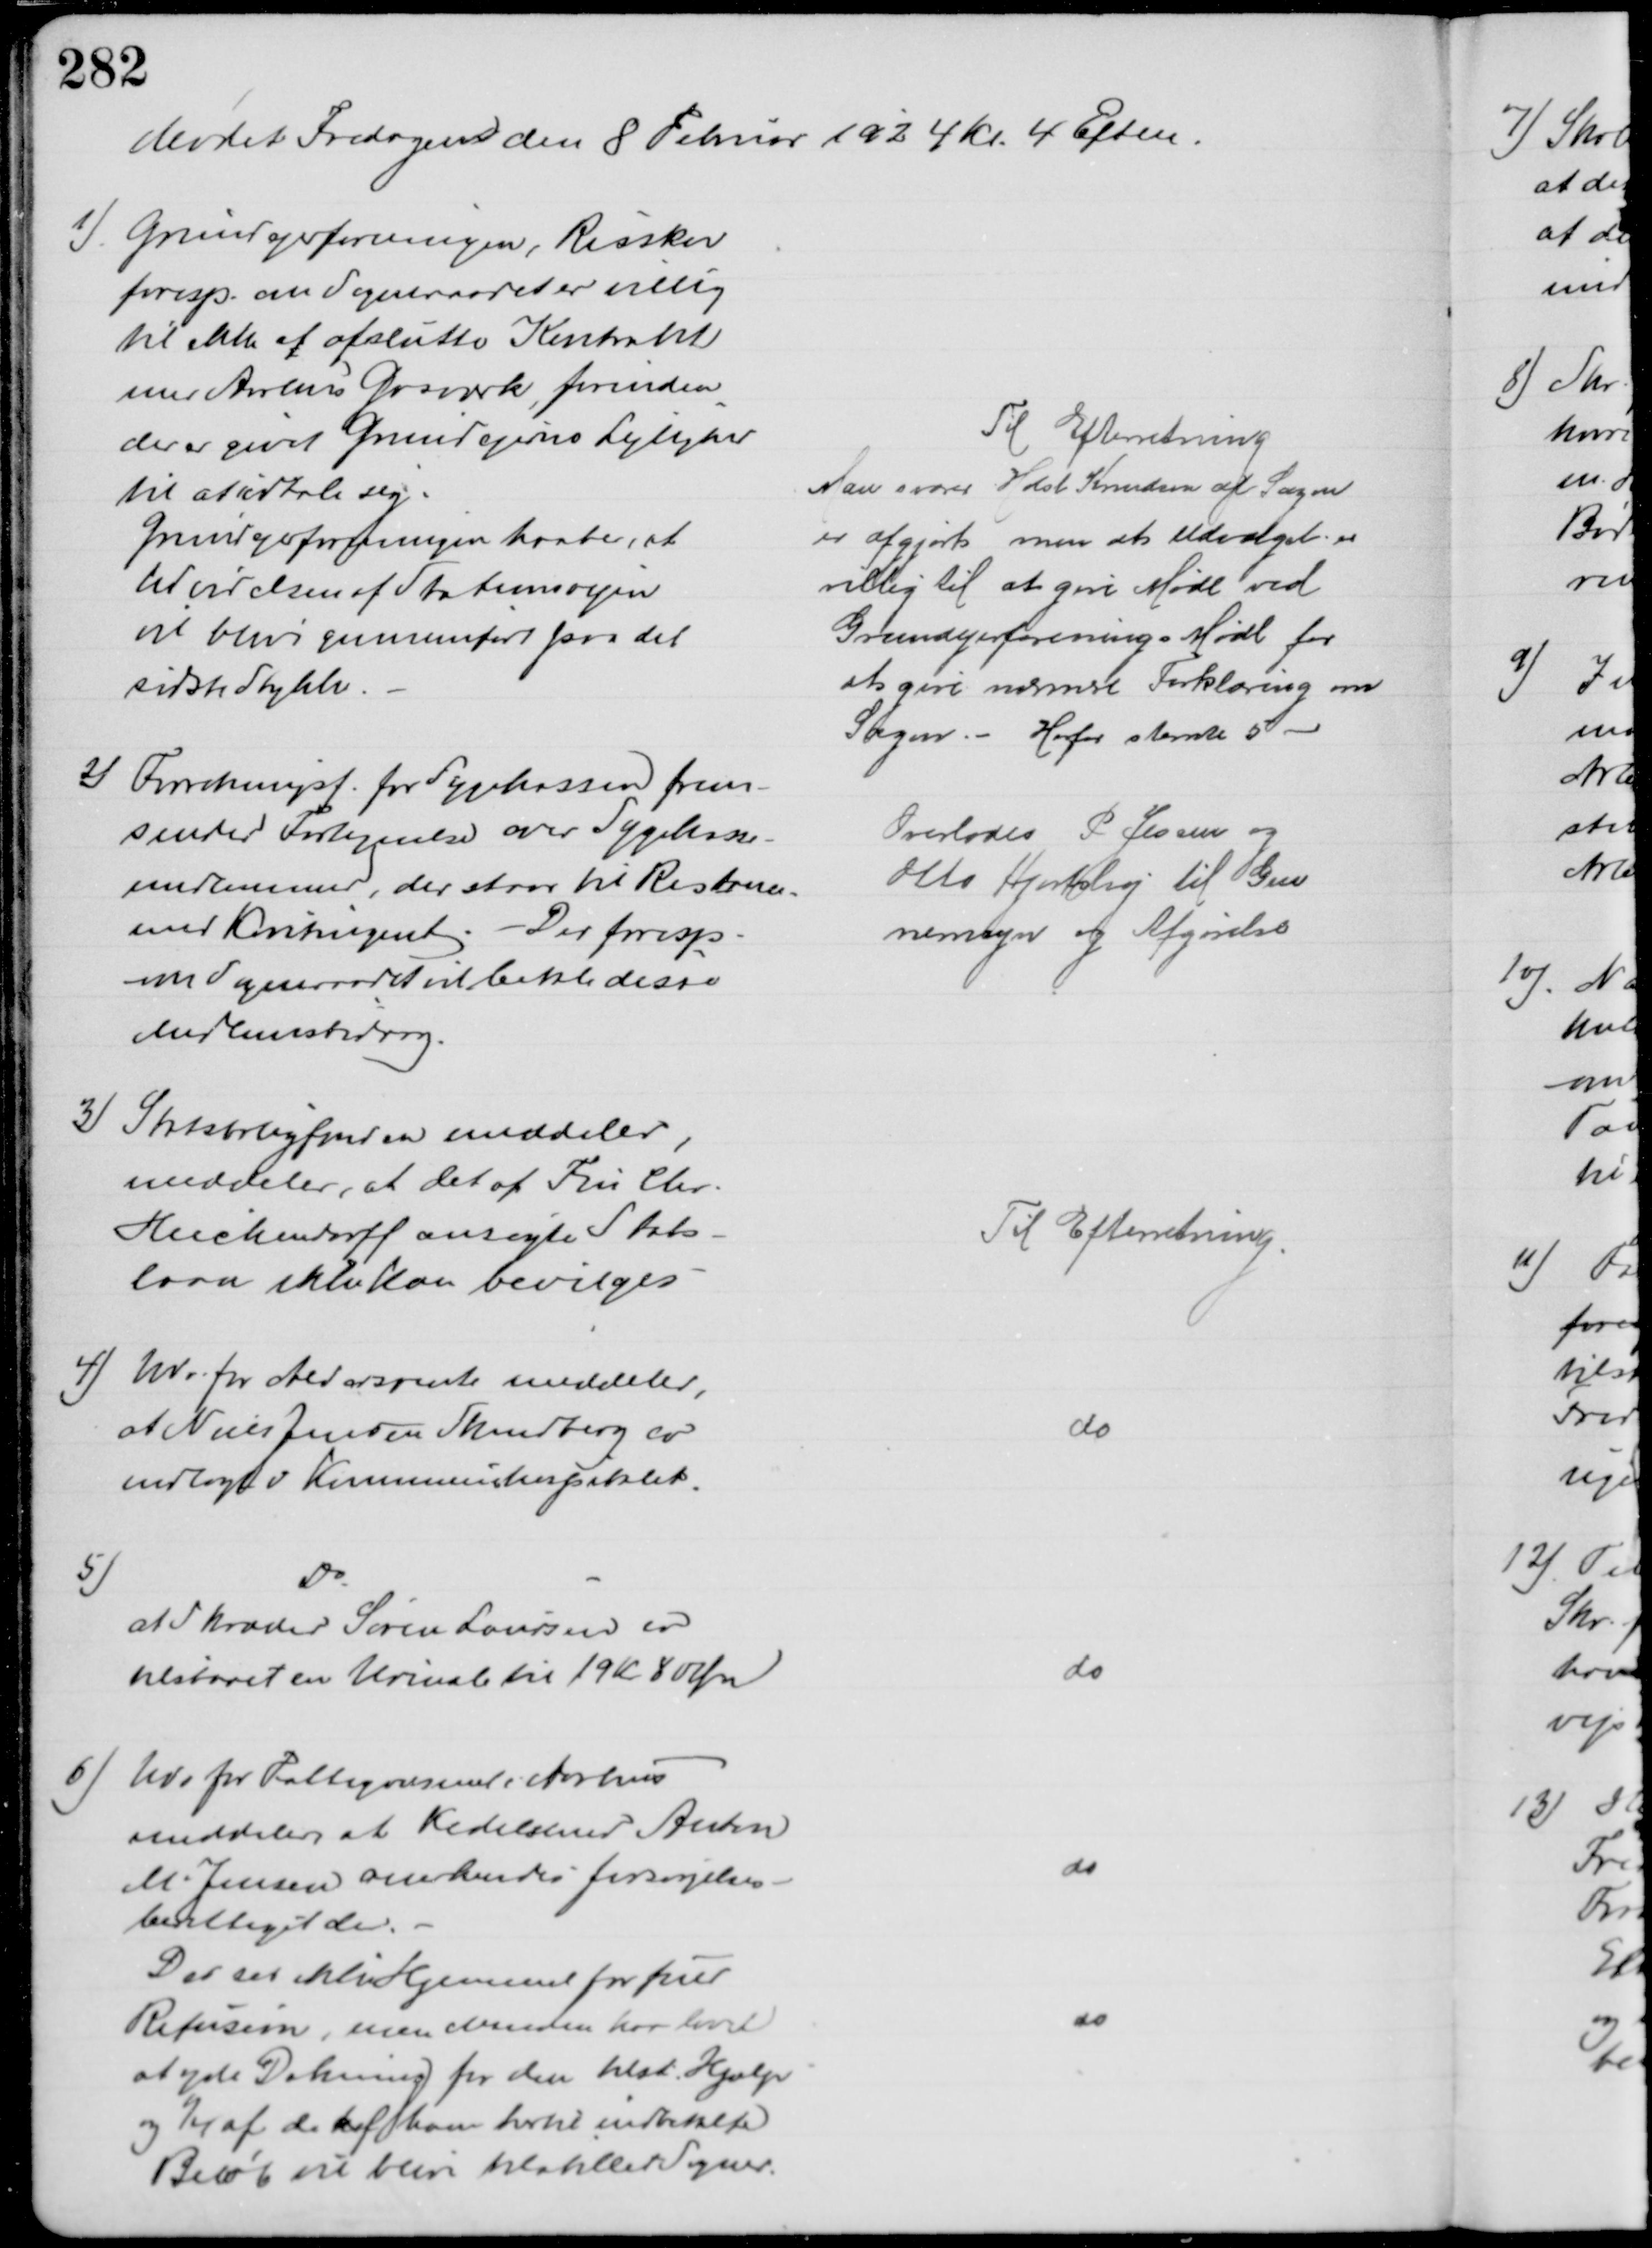
Transskription:
Mødet Fredagen den 8 Februar 1924 Kl. 4 Eftm.
1)
Grundejerforeningen, Risskov
foresp. om Sogneraadet er villig
til ikke af afslutte Kontrakt
med Aarhus Gasværk forinden
der er givet Grundejerne Lejlighed
til at udtale sig.
Grundejerforeningen haaber, at
Udvidelsen af Stationsvejen
at blive gennemført paa det
sidste Stykke
Til Efterretning
Man svarer Holst Knudsen at Sagen
er afgjort men at Udvalget er
villig til at give Møde ved
Grundejerforenings Møde for
at give nærmere Forklaring om 
Sagen. - Herfor stemte 5 
2) Forretningsf. for Sygekassen frem-
sender Fortegnelse over Sygekasse-
medlemmer, der staar til Restance.
med Kontingent. - Der foresp
om Sogneraadet vil betale disse
Medlemsbidrag.
Overlodes P. Jessen og
Otto Hjortshøj til Gen
nemsyn og Afgørelse
3) Statsboligfonden meddeler,
meddeler, at det af Fru Chr. 
Heickendorff ansøgte Stats-
laan ikke kan bevilges
Til Efterretning.
4) Udv. for Aldersrente meddeler,
at Niels Jensen Skindberg er
indlagt i Kommunehospitalet.
do
5)
Do
at Skræder Søren Laursen er
tilstaaet en Urinale til 19 Kr 80 Øre
do
6) Udv for Fattigvæsenet i Aarhus
meddeler at Kedelsmed Anton
M. Jensen anerkendes forsørgelses-
berettiget der.
do
Der ses ikke Hjemmel for fuld
Refusion, men Manden har lovet
at yde Dækning for den tilst. Hjælp
og ¼ af de h af ham hertil indbetalte
Beløb vil blive tilstillet Sogner.
do